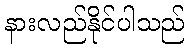
နားလည်နိုင်ပါသည်